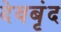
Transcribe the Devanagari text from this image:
देवबृंद